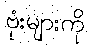
ဗုံးများကို